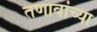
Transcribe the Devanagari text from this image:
तणावांच्या